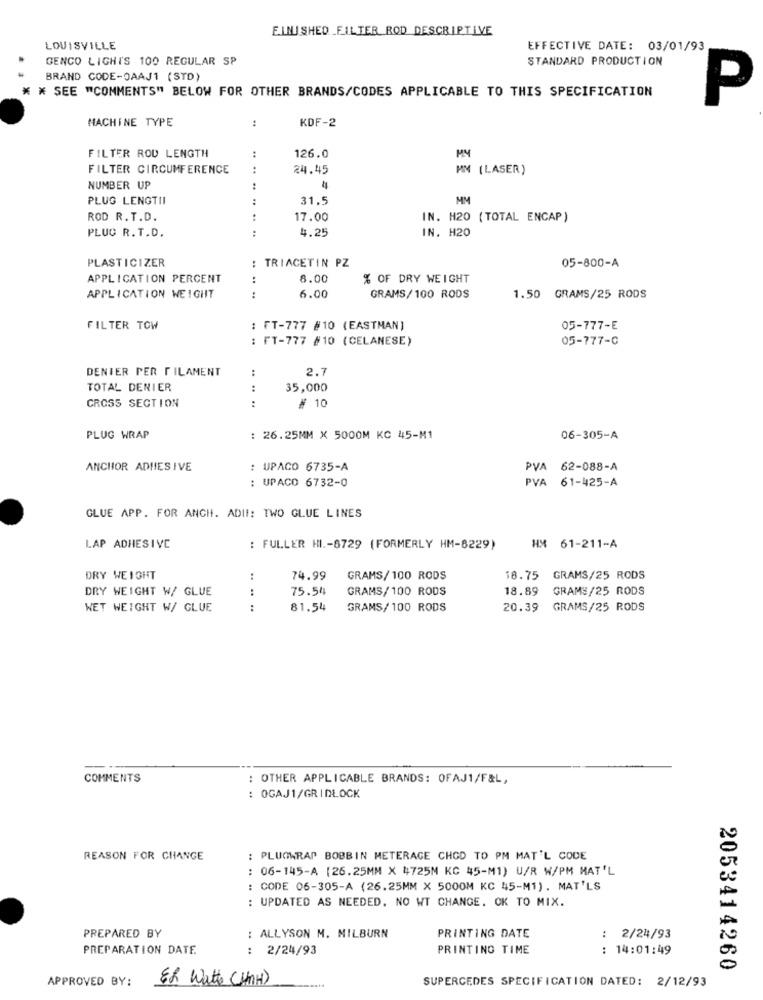
ELNISHED _FILTER ROD DESCRIPTIVE
LOUISVILLE
EFFECTIVE DATE: 03/01/93
GENCO LIGHT'S 100 REGULAR SP
STANDARD PRODUCTION
BRAND CODE-OAAJ1 (STD)
* * SEE "COMMENTS" BELOW FOR OTHER BRANDS/CODES APPLICABLE TO THIS SPECIFICATION
P
MACHINE TYPE
:
KDF-2
:
FILTER ROU LENGTH
126.0
MY
FILTER CIRCUMFERENCE
..
24.45
MN (LASER)
NUMBER UP
:
4
PLUG LENGTII
31.5
MM
ROD R.T.D.
17.00
IN. H20 ( TOTAL ENCAP )
PLUG R.T.D.
.. .. ..
4.25
IN. H20
PLASTICIZER
: TRIACETIN PZ
05-800-A
APPLICATION PERCENT
8.00
% OF DRY WEIGHT
6.00
APPLICATION WEIGHIT
.. ..
GRAMS/100 RODS
1.50 GRAMS/25 RODS
FILTER TOW
: FT-777 #10 (EASTMAN)
05-777-E
: FT-777 #10 (CELANESE)
05-777-0
DENIER PER FILAMENT
:
2.7
TOTAL DENIER
:
35,000
CROSS SECTION
:
# 10
PLUG WRAP
26.25MM X 5000M KC 45-M1
06-305-A
ANCHOR ADHESIVE
UPACO 6735-A
PVA 62-088-A
: UPACO 6732-0
PVA 61-425-A
GLUE APP. FOR ANCH. ADII: TWO GLUE LINES
LAP ADHESIVE
: FULLER HI .- 8729 (FORMERLY HM-8229)
HM 61-211-A
DRY WEIGHT
:
74.99
GRAMS/100 RODS
18.75
GRAMS/25 RODS
DRY WEIGHT W/ GLUE
:
75.54
GRAMS/100 RODS
18.89
GRAMS/25 RODS
WET WEIGHT W/ GLUE
:
81.54
GRAMS/ 100 RODS
20.39
GRAMS/25 RODS
COMMENTS
: OTHER APPLICABLE BRANDS: OFAJ1/F&L,
: OGAJ1/GRIDLOCK
REASON FOR CHANGE
: PLUGWRAP BOBBIN METERAGE CHOD TO PM MAT'L CODE
: 06-145-A [26.25MM X 4725M KG 45-M1) U/R W/PM MAT'L
: CODE 06-305-A (26.25MM X 5000M KC 45-M1). MAT'LS
: UPDATED AS NEEDED. NO WT CHANGE. OK TO MIX.
PREPARED BY
: ALLYSON M. MILBURN
PRINTING DATE
: 2/24/93
PREPARATION DATE
: 2/24/93
PRINTING TIME
: 14:01:49
2053414260
APPROVED BY:
ER Watt (HnH)
SUPERCEDES SPECIFICATION DATED: 2/12/93